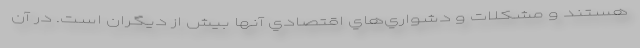
هستند و مشكلات و دشواري‌هاي اقتصادي آنها بيش از ديگران است. در آن